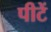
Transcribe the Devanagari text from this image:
पीटें